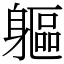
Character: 軀